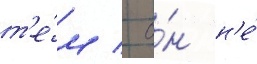
т'е́м / о́н н'е́